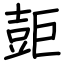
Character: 壾